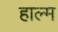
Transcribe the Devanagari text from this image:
हाल्म